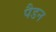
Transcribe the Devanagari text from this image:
पैडन